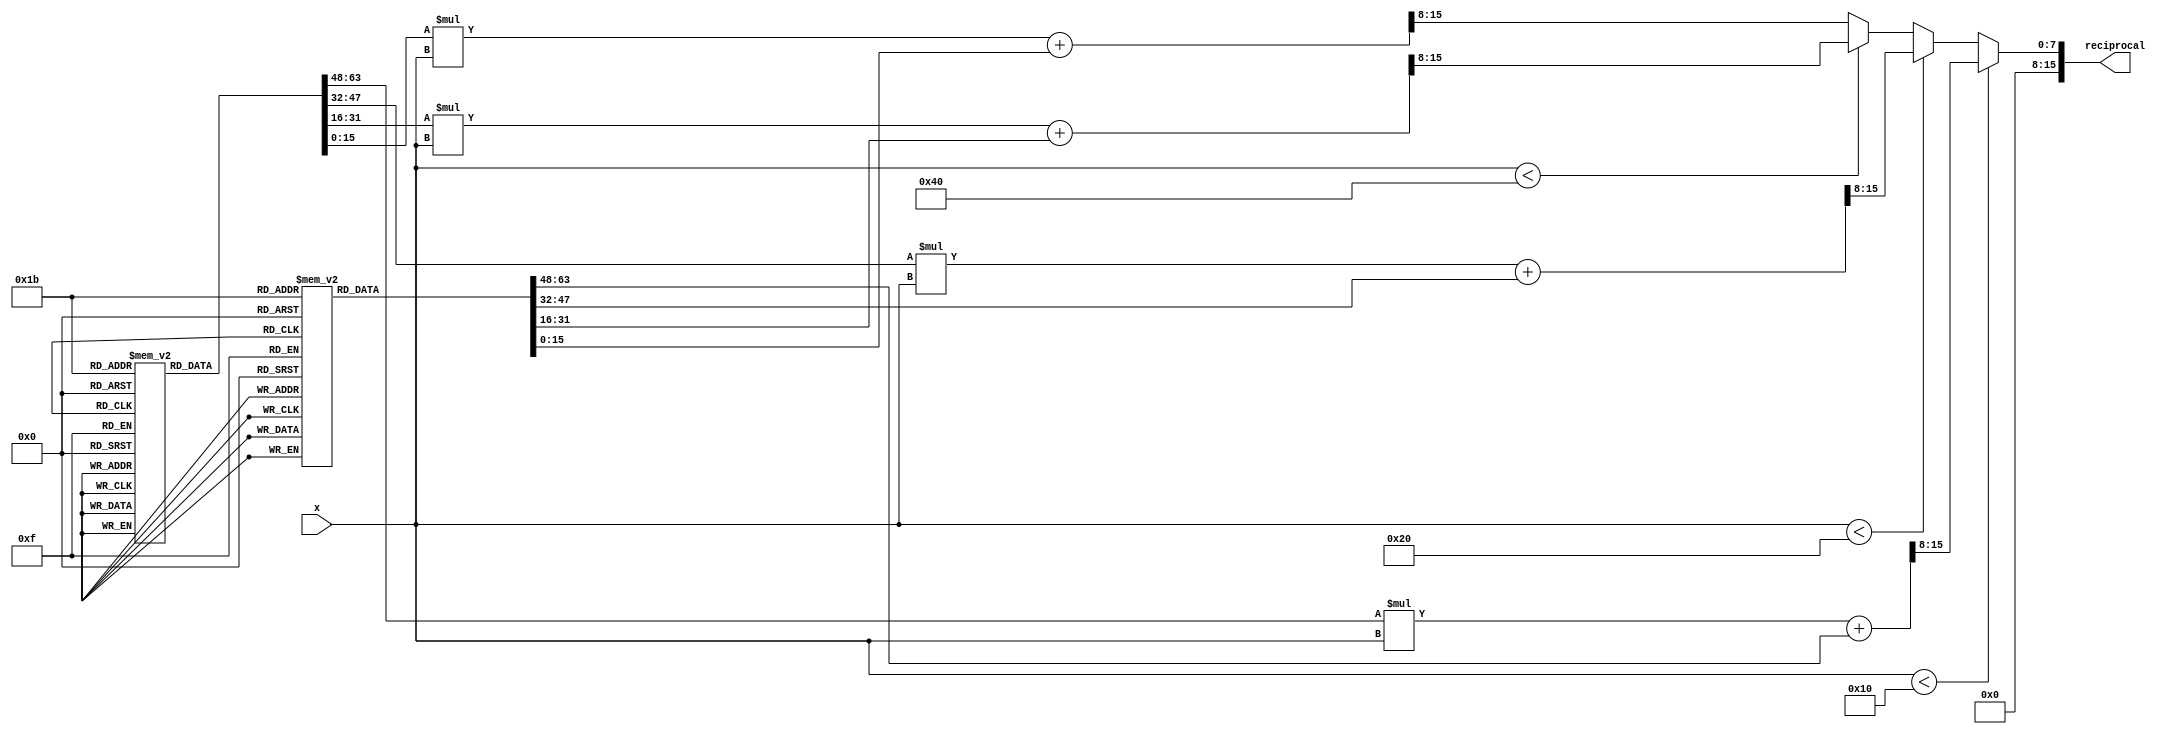
module piecewise_linear_reciprocal #(
    parameter N = 8,                // Input width (number of bits)
    parameter M = 16,               // Output width (number of bits)
    parameter K = 4,                // Number of segments
    parameter BP0 = 8'd16,          // Breakpoints
    parameter BP1 = 8'd32,
    parameter BP2 = 8'd64
)(
    input [N-1:0] x,                // Input value (assumed to be positive)
    output reg [M-1:0] reciprocal    // Output reciprocal approximation
);

    // Define the slope (m) and intercept (c) arrays for the piecewise linear segments
    reg [M-1:0] m [0:K-1];           // Slopes (can be scaled)
    reg [M-1:0] c [0:K-1];           // Intercepts (can be scaled)

    // Initialize slopes and intercepts based on the segments
    initial begin
        // Segment 1 [0, BP0]
        m[0] = 16'hBA98; // Example slope value for 1st segment (scaled)
        c[0] = 16'h0000; // Example intercept value for 1st segment (scaled)
        
        // Segment 2 [BP0, BP1]
        m[1] = 16'hABCD; // Example slope value for 2nd segment (scaled)
        c[1] = 16'h1234; // Example intercept value for 2nd segment (scaled)
        
        // Segment 3 [BP1, BP2]
        m[2] = 16'h9ABC; // Example slope value for 3rd segment (scaled)
        c[2] = 16'h4321; // Example intercept value for 3rd segment (scaled)
        
        // Segment 4 [BP2, MAX]
        m[3] = 16'h5678; // Example slope value for 4th segment (scaled)
        c[3] = 16'h0000; // Example intercept value for 4th segment (scaled)
    end

    always @(*) begin
        // Default output value
        reciprocal = 0;

        // Control logic to find the appropriate segment based on input x
        if (x < BP0) begin
            // Use Segment 1
            reciprocal = (m[0] * x + c[0]) >> (M-N); // Scale to output width
        end else if (x < BP1) begin
            // Use Segment 2
            reciprocal = (m[1] * x + c[1]) >> (M-N); // Scale to output width
        end else if (x < BP2) begin
            // Use Segment 3
            reciprocal = (m[2] * x + c[2]) >> (M-N); // Scale to output width
        end else begin
            // Use Segment 4
            reciprocal = (m[3] * x + c[3]) >> (M-N); // Scale to output width
        end
    end
endmodule